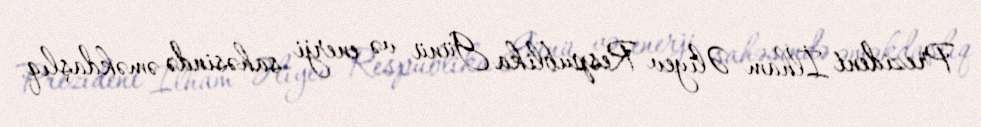
Prezident İlham Əliyev Respublika Günü və enerji sahəsində əməkdaşlıq